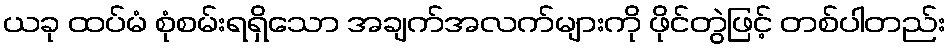
ယခု ထပ်မံ စုံစမ်းရရှိသော အချက်အလက်များကို ဖိုင်တွဲဖြင့် တစ်ပါတည်း